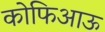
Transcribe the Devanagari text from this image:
कोफिआऊ